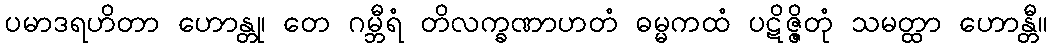
ပမာဒရဟိတာ ဟောန္တု၊ တေ ဂမ္ဘီရံ တိလက္ခဏာဟတံ ဓမ္မကထံ ပဋိဇ္ဇိတုံ သမတ္ထာ ဟောန္တီ။